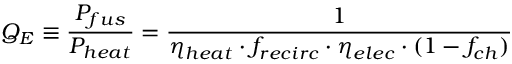
Q _ { E } \equiv { \frac { P _ { f u s } } { P _ { h e a t } } } = { \frac { 1 } { \eta _ { h e a t } \cdot f _ { r e c i r c } \cdot \eta _ { e l e c } \cdot ( 1 - f _ { c h } ) } }